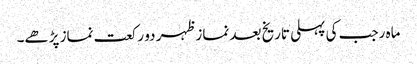
ماہ رجب کی پہلی تاریخ بعد نماز ظہر دو رکعت نماز پڑھے۔